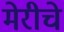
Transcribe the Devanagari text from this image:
मेरीचे